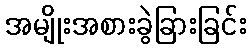
အမျိုးအစားခွဲခြားခြင်း